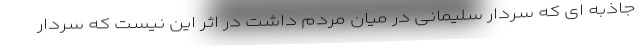
جاذبه ای که سردار سلیمانی در میان مردم داشت در اثر این نیست که سردار